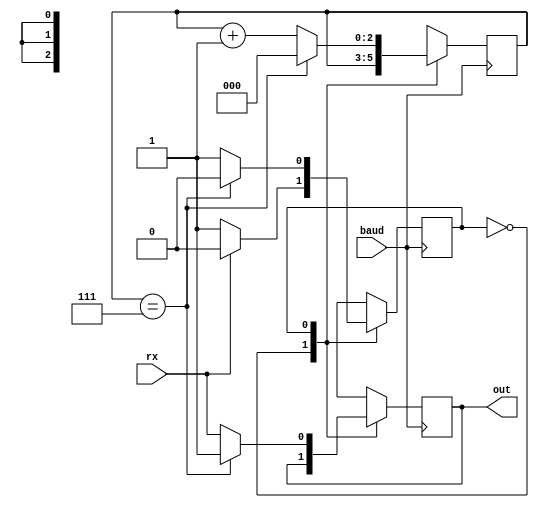
/*

Serial communication
Frame Fall
      8 bits data
      Rise

RX
States  Wait for start bit
        Capture 8 bits of data
        
*/
module RX_uart(input baud, input rx, output reg out);
  reg state = 1'b0;
  reg [0:2]data = 3'b000;
  always@(posedge baud)
  begin
    case(state)
    1'b0:   if(rx == 0)
                state = 1'b1;
    1'b1:   if(data==3'b111)
            begin
                state = 1'b0;
                data = 3'b000;
                out = 1;
            end
            else 
            begin
                out = rx;
                data = data + 3'b001;
            end
    endcase
  end
endmodule